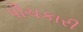
પીચકારી